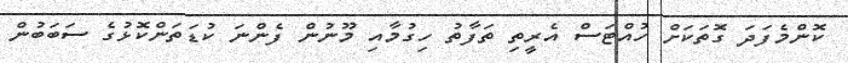
ކޮންމެފަދަ ގޮތަކަށް ހުއްޓަސް އެރީތި ތަފާތު ހިގުމާއި މޫނުން ފެންނަ ކުޑަތަންކޮޅުގެ ސަބަބުން